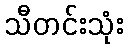
သီတင်းသုံး